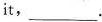
it,___.